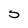
Character: 5